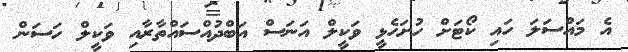
އެ މައްސަލަ ހައި ކޯޓަށް ހުށަހެޅީ ވަކީލް އަނަސް އަބްދުއްސައްތާރާއި ވަކީލް ހަސަން